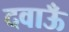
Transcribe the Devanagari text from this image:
दवाऊँ